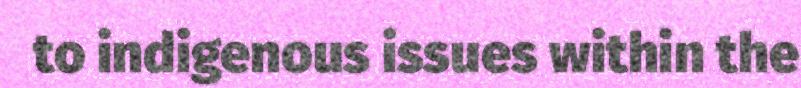
to indigenous issues within the